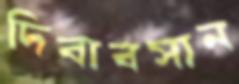
দিবাবসান